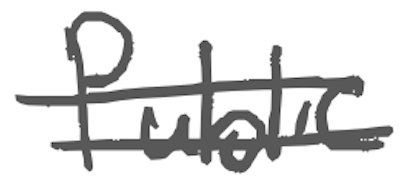
Text: public
Cross-out: double-line
Writing tool: digital_gray